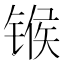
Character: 𬭤